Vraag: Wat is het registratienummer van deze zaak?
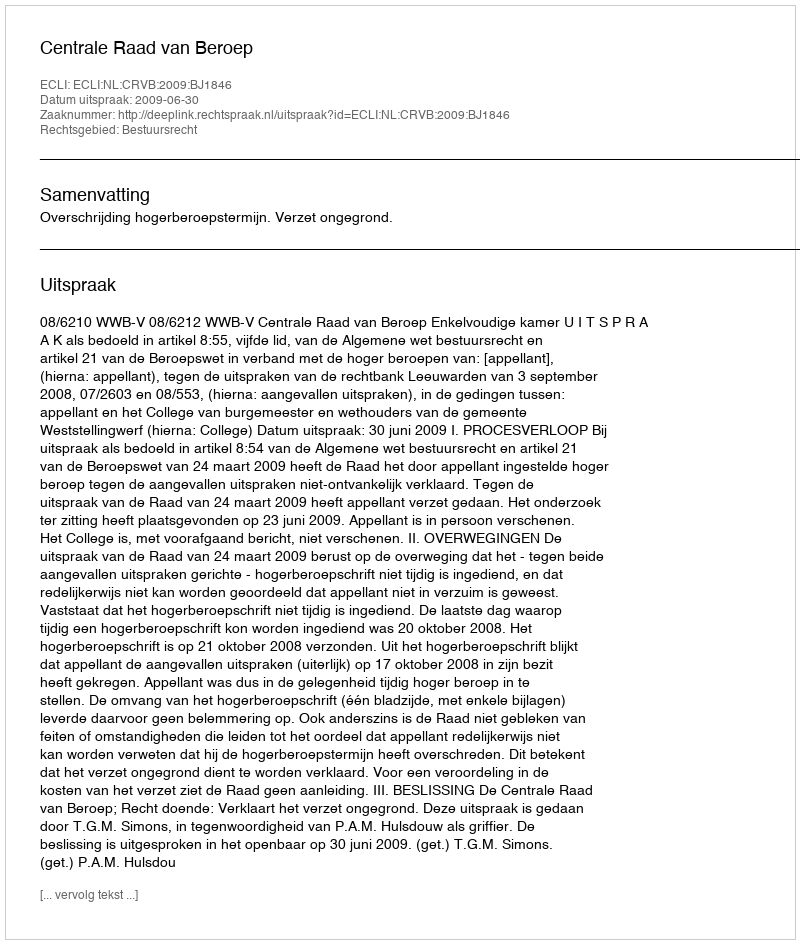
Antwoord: http://deeplink.rechtspraak.nl/uitspraak?id=ECLI:NL:CRVB:2009:BJ1846